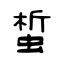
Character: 蜤